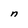
Character: n